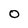
Character: 0